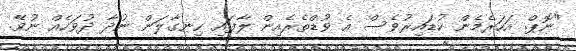
"ނޮޕް. އަހަރެމެން ކުޑައިރުވެސް އެ ވުޑްތެރެއިން ލާފައި ހިނގާލަން ނުދާ ދުވަހެއް ނުވޭ.